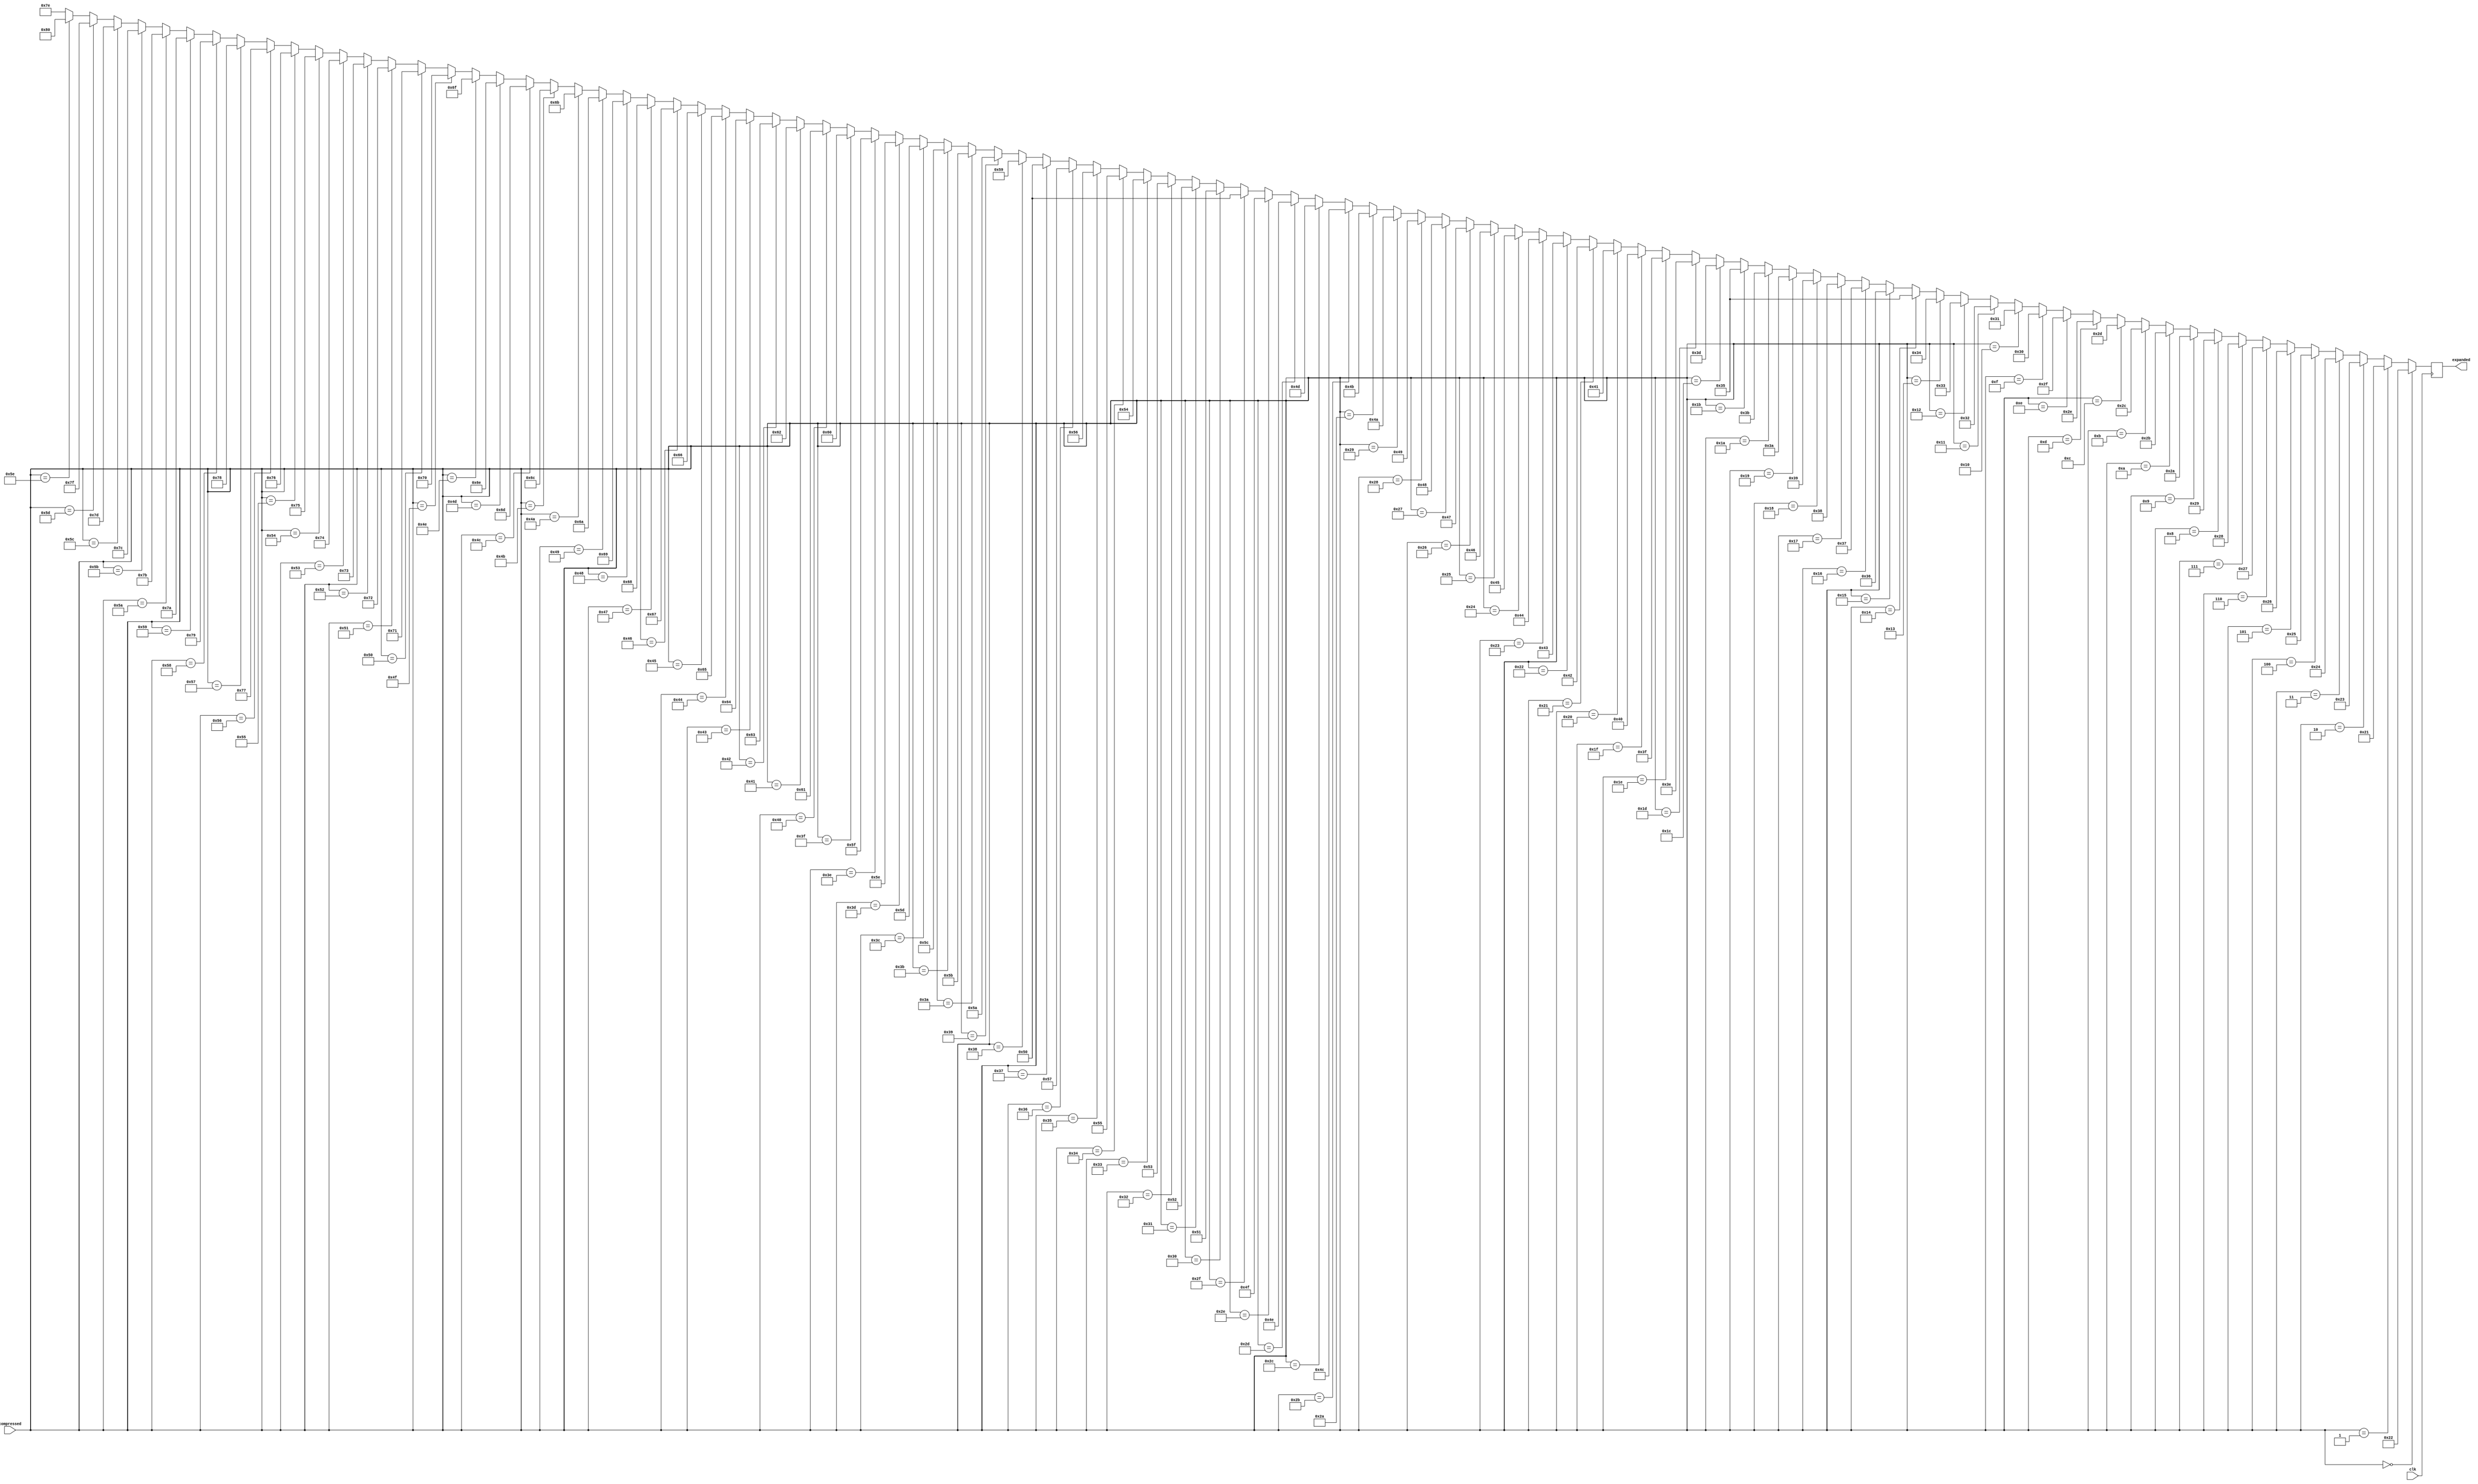
module text_expander(input [6:0] compressed,
							input clk,
							output reg [7:0] expanded
							);

always @(posedge clk) begin

	if(compressed==7'd0)
		expanded= 8'b00100010;
	else if (compressed==7'd1)
		expanded= 8'b00100001;
	else if (compressed==7'd2)
		expanded= 8'b00100011;
	else if (compressed==7'd3)
		expanded= 8'b00100100;
	else if (compressed==7'd4)
		expanded= 8'b00100101;
	else if (compressed==7'd5)
		expanded= 8'b00100110;
	else if (compressed==7'd6)
		expanded= 8'b00100111;
	else if (compressed==7'd7)
		expanded= 8'b00101000;
	else if (compressed==7'd8)
		expanded= 8'b00101001;
	else if (compressed==7'd9)
		expanded= 8'b00101010;
	else if (compressed==7'd10)
		expanded= 8'b00101011;
	else if (compressed==7'd11)
		expanded= 8'b00101100;
	else if (compressed==7'd12)
		expanded= 8'b00101101;
	else if (compressed==7'd13)
		expanded= 8'b00101110;
	else if (compressed==7'd14)
		expanded= 8'b00101111;		
	else if (compressed==7'd15)
		expanded= 8'b00110000;
	else if (compressed==7'd16)
		expanded= 8'b00110001;
	else if (compressed==7'd17)
		expanded= 8'b00110010;
	else if (compressed==7'd18)
		expanded= 8'b00110011;
	else if (compressed==7'd19)
		expanded= 8'b00110100;
	else if (compressed==7'd20)
		expanded= 8'b00110101;
	else if (compressed==7'd21)
		expanded= 8'b00110110;		
	else if (compressed==7'd22)
		expanded= 8'b00110111;
	else if (compressed==7'd23)
		expanded= 8'b00111000;
	else if (compressed==7'd24)
		expanded= 8'b00111001;
	else if (compressed==7'd25)
		expanded= 8'b00111010;
	else if (compressed==7'd26)
		expanded= 8'b00111011;
	else if (compressed==7'd27)
		expanded= 8'b00110101;
	else if (compressed==7'd28)
		expanded= 8'b00111101;
	else if (compressed==7'd29)
		expanded= 8'b00111110;
	else if (compressed==7'd30)
		expanded= 8'b00111111;
	else if (compressed==7'd31)
		expanded= 8'b01000000;
	else if (compressed==7'd32)
		expanded= 8'b01000001;
	else if (compressed==7'd33)
		expanded= 8'b01000010;
	else if (compressed==7'd34)
		expanded= 8'b01000011;
	else if (compressed==7'd35)
		expanded= 8'b01000100;	
	else if (compressed==7'd36)
		expanded= 8'b01000101;
	else if (compressed==7'd37)
		expanded= 8'b01000110;
	else if (compressed==7'd38)
		expanded= 8'b01000111;
	else if (compressed==7'd39)
		expanded= 8'b01001000;
	else if (compressed==7'd40)
		expanded= 8'b01001001;
	else if (compressed==7'd41)
		expanded= 8'b01001010;
	else if (compressed==7'd42)
		expanded= 8'b01001011;
	else if (compressed==7'd43)
		expanded= 8'b01001100;
	else if (compressed==7'd44)
		expanded= 8'b01001101;
	else if (compressed==7'd45)
		expanded= 8'b01001110;
	else if (compressed==7'd46)
		expanded= 8'b01001111;
	else if (compressed==7'd47)
		expanded= 8'b01010000;
	else if (compressed==7'd48)
		expanded= 8'b01010001;
	else if (compressed==7'd49)
		expanded= 8'b01010010;
	else if (compressed==7'd50)
		expanded= 8'b01010011;
	else if (compressed==7'd51)
		expanded= 8'b01010100;
	else if (compressed==7'd52)
		expanded= 8'b01010101;
	else if (compressed==7'd53)
		expanded= 8'b01010110;
	else if (compressed==7'd54)
		expanded= 8'b01010111;
	else if (compressed==7'd55)
		expanded= 8'b01010000;
	else if (compressed==7'd56)
		expanded= 8'b01011001;
	else if (compressed==7'd57)
		expanded= 8'b01011010;
	else if (compressed==7'd58)
		expanded= 8'b01011011;
	else if (compressed==7'd59)//\
		expanded= 8'b01011100;
	else if (compressed==7'd60)
		expanded= 8'b01011101;
	else if (compressed==7'd61)
		expanded= 8'b01011110;
	else if (compressed==7'd62)
		expanded= 8'b01011111;
	else if (compressed==7'd63)
		expanded= 8'b01100000;	
	else if (compressed==7'd64)
		expanded= 8'b01100001;
	else if (compressed==7'd65)
		expanded= 8'b01100010;
	else if (compressed==7'd66)
		expanded= 8'b01100011;
	else if (compressed==7'd67)
		expanded= 8'b01100100;
	else if (compressed==7'd68)
		expanded= 8'b01100101;
	else if (compressed==7'd69)
		expanded= 8'b01100110;
	else if (compressed==7'd70)
		expanded= 8'b01100111;	
	else if (compressed==7'd71)
		expanded= 8'b01101000;
	else if (compressed==7'd72)
		expanded= 8'b01101001;
	else if (compressed==7'd73)
		expanded= 8'b01101010;
	else if (compressed==7'd74)
		expanded= 8'b01101011;
	else if (compressed==7'd75)
		expanded= 8'b01101100;
	else if (compressed==7'd76)
		expanded= 8'b01101101;
	else if (compressed==7'd77)
		expanded= 8'b01101110;	
	else if (compressed==7'd78)
		expanded= 8'b01101111;
	else if (compressed==7'd79)
		expanded= 8'b01110000;
	else if (compressed==7'd80)
		expanded= 8'b01110001;
	else if (compressed==7'd81)
		expanded= 8'b01110010;
	else if (compressed==7'd82)
		expanded= 8'b01110011;
	else if (compressed==7'd83)
		expanded= 8'b01110100;
	else if (compressed==7'd84)
		expanded= 8'b01110101;
	else if (compressed==7'd85)
		expanded= 8'b01110110;
	else if (compressed==7'd86)
		expanded= 8'b01110111;
	else if (compressed==7'd87)
		expanded= 8'b01111000;
	else if (compressed==7'd88)
		expanded= 8'b01111001;
	else if (compressed==7'd89)
		expanded= 8'b01111010;
	else if (compressed==7'd90)
		expanded= 8'b01111011;
	else if (compressed==7'd91)
		expanded= 8'b01111100;
	else if (compressed==7'd92)
		expanded= 8'b01111101;
	else if (compressed ==7'd93)
		expanded= 8'b01111111;
	else if (compressed==7'd94)
		expanded= 8'b10000000;
	else expanded= 8'b01111110;

end	
							
endmodule